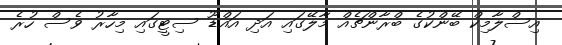
އިސްލާމިކް ބޭންކުގެ ބްރާންޗެއް މާލޭގައި އަދި އައްޑޫ ސިޓީގައި މިހާރު ވެސް ހުރެ